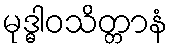
မုဒ္ဓါဝသိတ္တာနံ